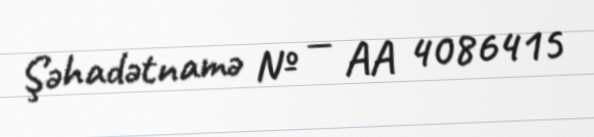
Şəhadətnamə № — AA 4086415